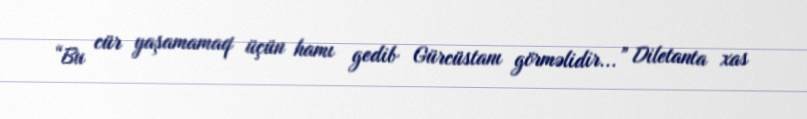
“Bu cür yaşamamaq üçün hamı gedib Gürcüstanı görməlidir...” Diletanta xas